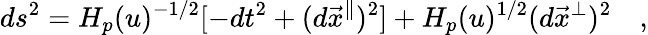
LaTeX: ds^{2}=H_{p}(u)^{-1/2}[-dt^{2}+(d{{\vec{x}}^{\parallel}})^{2}]+H_{p}(u)^{1/2}(d{{\vec{x}}^{\perp}})^{2}\quad,